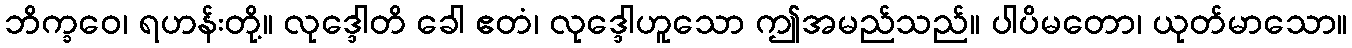
ဘိက္ခဝေ၊ ရဟန်းတို့။ လုဒ္ဒေါတိ ခေါ ဧတံ၊ လုဒ္ဒေါဟူသော ဤအမည်သည်။ ပါပိမတော၊ ယုတ်မာသော။